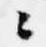
々